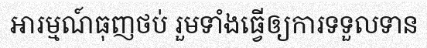
អារម្មណ៍ធុញថប់ រួមទាំងធ្វើឲ្យការទទួលទាន